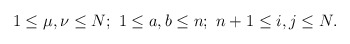
\begin{align*}1 \leq \mu,\nu \leq N; \ 1 \leq a, b\leq n; \ n +1 \leq i, j \leq N.\end{align*}